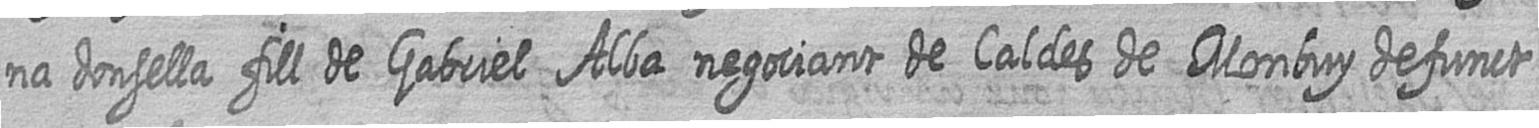
na donsella fill de Gabriel Alba negociant de Caldes de Monbuy defunct